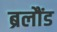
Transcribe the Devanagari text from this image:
ब्रलौंड